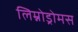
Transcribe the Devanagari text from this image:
लिम्नोड्रोमस